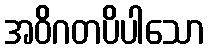
အဝိဂတပိပါသော